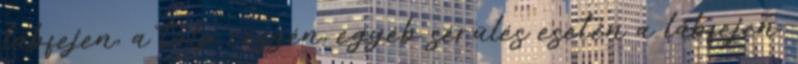
lábfejen, a talp részén, egyéb sérülés esetén a lábfejen.